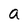
Character: a